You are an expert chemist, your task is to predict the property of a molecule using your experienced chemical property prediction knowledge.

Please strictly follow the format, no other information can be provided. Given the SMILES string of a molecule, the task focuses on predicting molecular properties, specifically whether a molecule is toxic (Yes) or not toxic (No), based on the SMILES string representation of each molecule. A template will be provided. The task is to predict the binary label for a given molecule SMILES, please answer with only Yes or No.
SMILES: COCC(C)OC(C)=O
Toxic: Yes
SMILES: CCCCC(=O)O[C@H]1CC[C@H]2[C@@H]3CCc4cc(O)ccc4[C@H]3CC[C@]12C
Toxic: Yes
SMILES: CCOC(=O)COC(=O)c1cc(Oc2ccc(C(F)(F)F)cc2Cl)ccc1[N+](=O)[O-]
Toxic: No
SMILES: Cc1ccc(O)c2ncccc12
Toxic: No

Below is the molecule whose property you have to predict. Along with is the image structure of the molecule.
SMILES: COc1cc(/C=C/C(=O)CC(=O)/C=C/c2ccc(O)c(OC)c2)ccc1O
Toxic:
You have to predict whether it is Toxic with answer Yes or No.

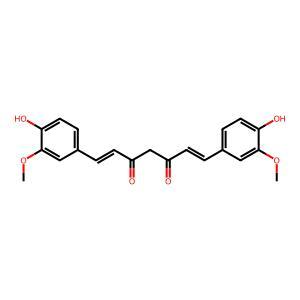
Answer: No